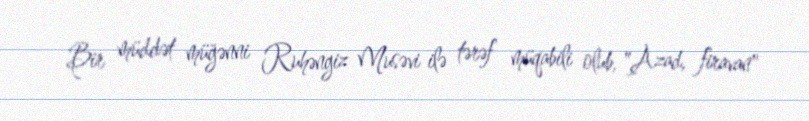
Bir müddət müğənni Ruhəngiz Musəvi ilə tərəf müqabili olub, "Azad, firavan"